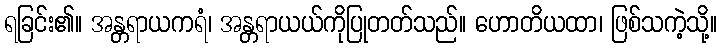
ရခြင်း၏။ အန္တရာယကရံ၊ အန္တရာယယ်ကိုပြုတတ်သည်။ ဟောတိယထာ၊ ဖြစ်သကဲ့သို့။